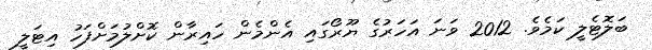
ބަލޮޓެލީ ކަމެވެ. 2012 ވަނަ އަހަރުގެ ޔޫރޯގައި އެންމެން ހައިރާން ކޮށްލުމަށްފަހު އިޓަލީ